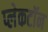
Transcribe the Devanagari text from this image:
प्लेकटॉन